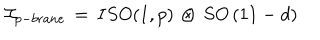
LaTeX: { \cal I } _ { p - b r a n e } \, = \, I S O ( 1 , p ) \, \otimes \, S O \left( 1 1 - d \right)